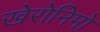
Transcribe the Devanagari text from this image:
खेरोनिमो